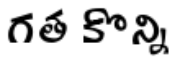
గత కొన్ని